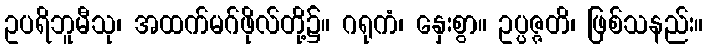
ဥပရိဘူမီသု၊ အထက်မဂ်ဖိုလ်တို့၌။ ဂရုကံ၊ နှေးစွာ။ ဥပ္ပဇ္ဇတိ၊ ဖြစ်သနည်း။